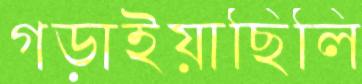
গড়াইয়াছিলি